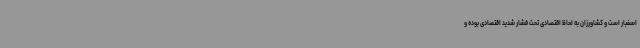
اسفبار است و کشاورزان به لحاظ اقتصادی تحت فشار شدید اقتصادی بوده و